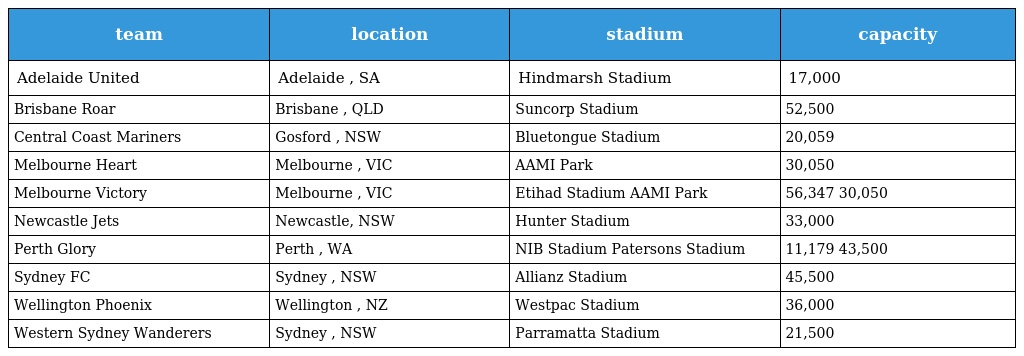
| team | location | stadium | capacity |
 | --- | --- | --- | --- |
 | Adelaide United | Adelaide , SA | Hindmarsh Stadium | 17,000 |
 | Brisbane Roar | Brisbane , QLD | Suncorp Stadium | 52,500 |
 | Central Coast Mariners | Gosford , NSW | Bluetongue Stadium | 20,059 |
 | Melbourne Heart | Melbourne , VIC | AAMI Park | 30,050 |
 | Melbourne Victory | Melbourne , VIC | Etihad Stadium AAMI Park | 56,347 30,050 |
 | Newcastle Jets | Newcastle, NSW | Hunter Stadium | 33,000 |
 | Perth Glory | Perth , WA | NIB Stadium Patersons Stadium | 11,179 43,500 |
 | Sydney FC | Sydney , NSW | Allianz Stadium | 45,500 |
 | Wellington Phoenix | Wellington , NZ | Westpac Stadium | 36,000 |
 | Western Sydney Wanderers | Sydney , NSW | Parramatta Stadium | 21,500 |